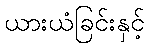
ယားယံခြင်းနှင့်